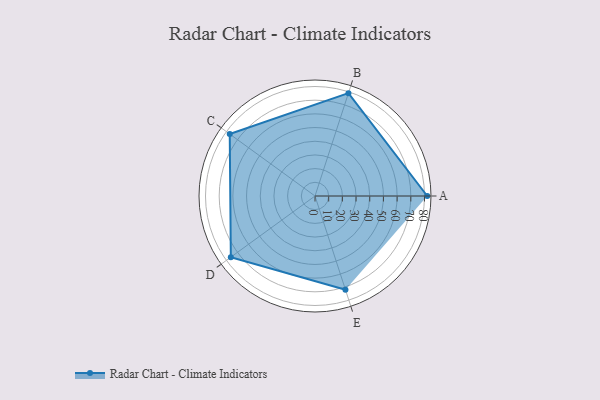
{"axis": {"x": "Skill", "y": "Score"}, "legend": ["Profile"], "data": [{"x": "A", "y": 82.0, "type": "Profile"}, {"x": "B", "y": 79.0, "type": "Profile"}, {"x": "C", "y": 77.0, "type": "Profile"}, {"x": "D", "y": 76.0, "type": "Profile"}, {"x": "E", "y": 72.0, "type": "Profile"}]}